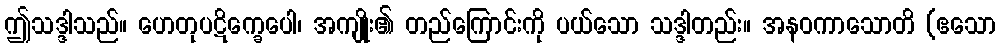
ဤသဒ္ဒါသည်။ ဟေတုပဋိက္ခေပေါ၊ အကျိုး၏ တည်ကြောင်းကို ပယ်သော သဒ္ဒါတည်း။ အနဝကာသောတိ (ဧသော